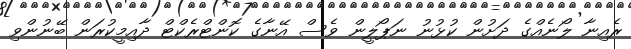
ރެއިނާ ލޯނެއްގެ ދަށުން ކުޅުނު ނަޕޯލީން ވެސް އޭނާގެ ކޮންޓްރެކްޓް ދާއިމީކުރަން ބޭނުންވި